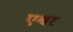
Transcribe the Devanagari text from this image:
एश्वर